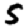
Digit: 5